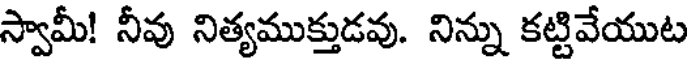
స్వామీ! నీవు నిత్యముక్తుడవు. నిన్ను కట్టివేయుట